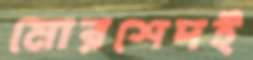
মোরশেদই